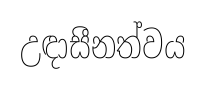
උඳාසීනත්වය